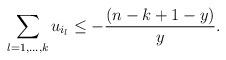
LaTeX: \begin{align*} \sum\limits_{l=1,\ldots,k} u_{i_l}\leq -\frac{(n-k+1-y)}{y}.\end{align*}